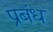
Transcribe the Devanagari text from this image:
प्रबंध